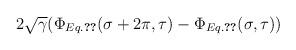
LaTeX: \begin{align*}2\sqrt\gamma(\Phi_{Eq.\ref{4.1}}(\sigma+2\pi,\tau) -\Phi_{Eq.\ref{4.1}}(\sigma,\tau))\end{align*}